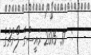
-   :  17